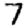
Digit: 7